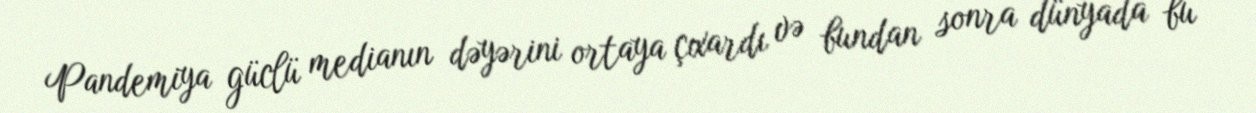
Pandemiya güclü medianın dəyərini ortaya çıxardı və bundan sonra dünyada bu